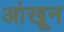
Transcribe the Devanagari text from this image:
आंखून